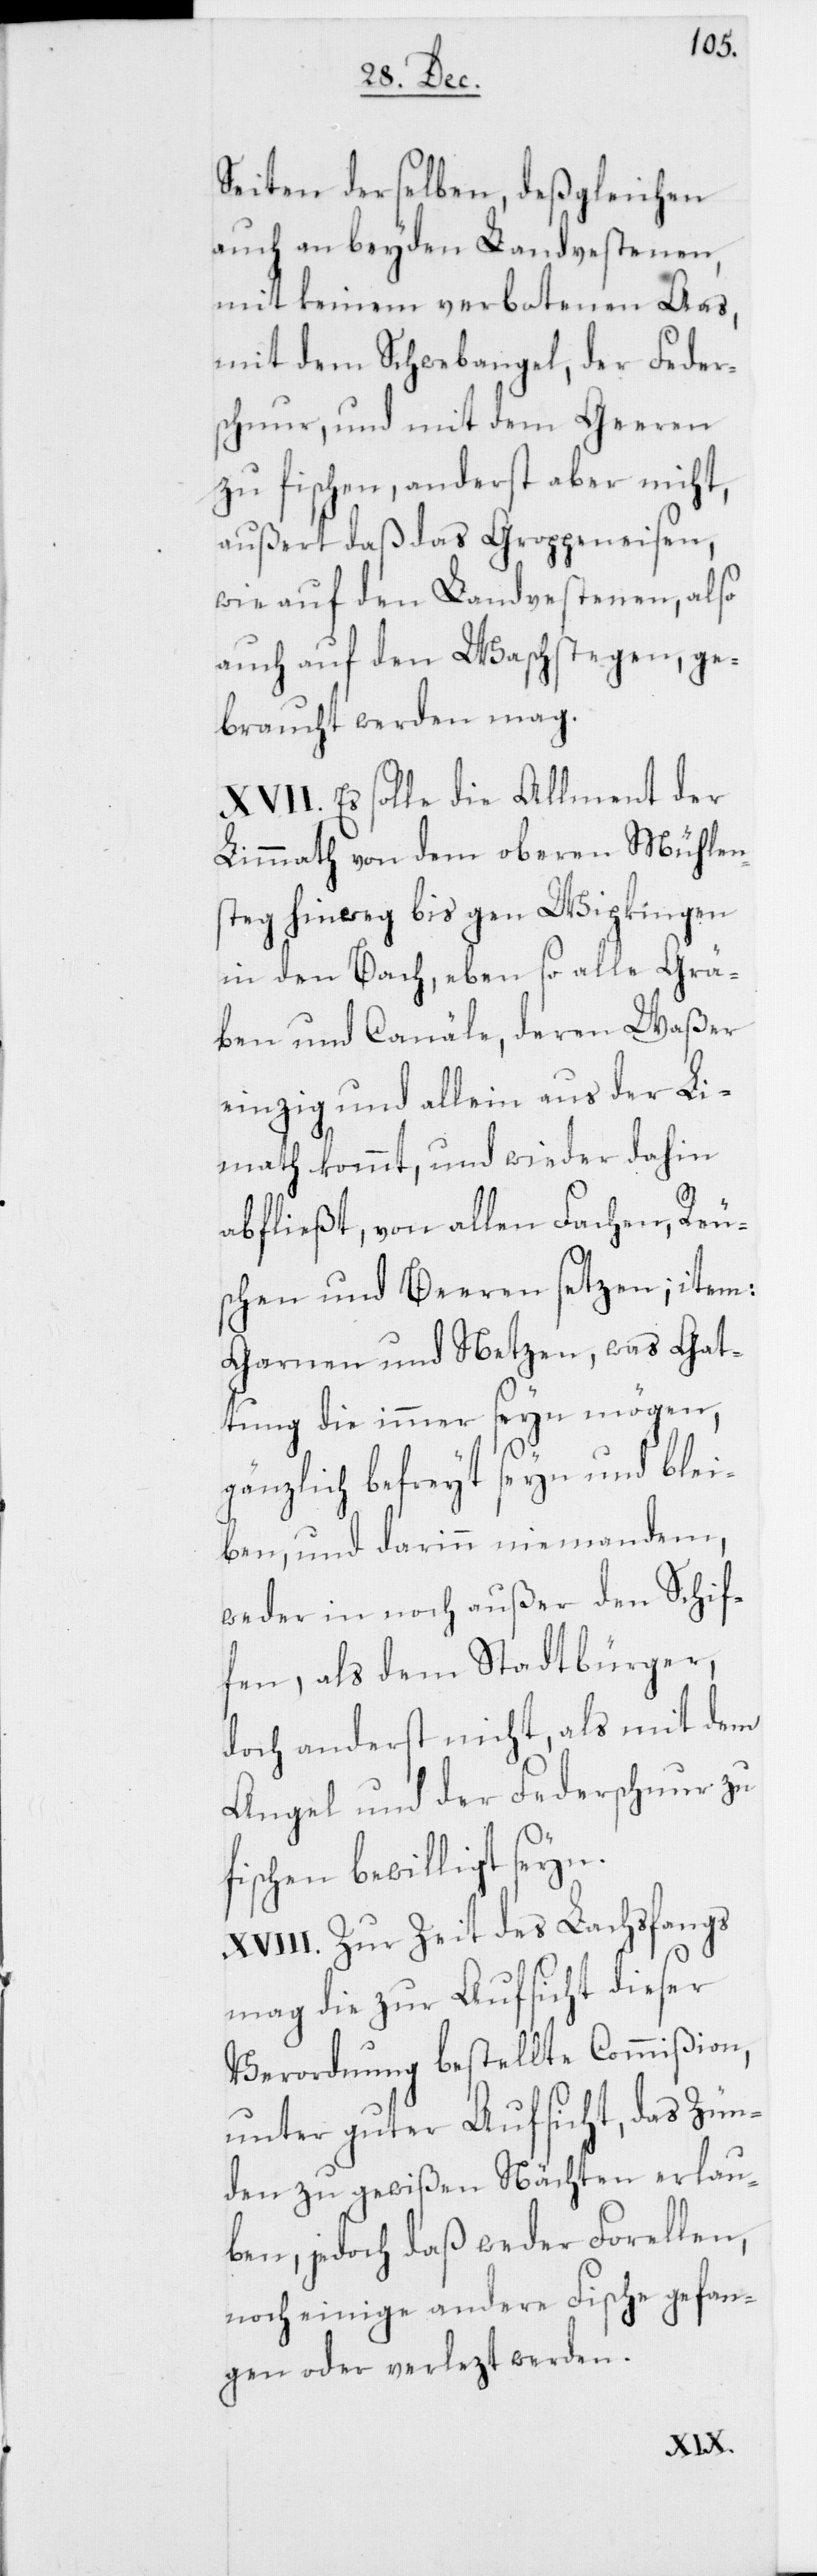
Seiten derselben, deßgleichen
auch an beyden Landvestenen,
mit keinem verbotenen Aas,
mit dem Schwebangel, der Feder¬
schnur, und mit dem Geeren
zu fischen, anderst aber nicht,
außert daß das Groppeneisen,
wie auf den Landvestenen, also
auch auf den Waschstegen, ge¬
braucht werden mag.
XVII. Es solle die Allment der
Limmath von dem oberen Mühlen¬
steg hinweg bis gen Wipkingen
in den Bach, eben so alle Grä¬
ben und Canäle, deren Waßer
einzig und allein aus der Li¬
mmath kommt, und wieder dahin
abfließt, von allen Fachen, Reus¬
chen und Beeren setzen; item:
Garnen und Netzen, was Gat¬
tung die immer seyn mögen,
gänzlich befreit seyn und blei¬
ben, und darinn niemandem,
weder in noch außer den Schif¬
fen, als dem Stadtbürger,
doch anderst nicht, als mit dem
Angel und der Federschnur zu
fischen bewilligt seyn.
XVIII. Zur Zeit des Lachsfangs
mag die zur Aufsicht dieser
Verordnung bestellte Commißion,
unter guter Aufsicht, das Zün¬
den zu gewißen Nächten erlau¬
ben, jedoch daß weder Forellen,
noch einige andere Fische gefan¬
gen oder verlezt werden.